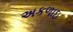
અકળાઇ